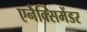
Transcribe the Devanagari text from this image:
एनैक्सिमेंडर